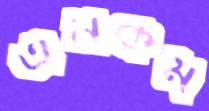
এমকম